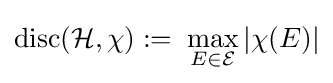
\operatorname {disc} ({\mathcal {H}},\chi ):=\;\max _{E\in {\mathcal {E}}}|\chi (E)|